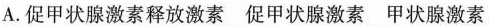
A.促甲状腺激素释放激素 促甲状腺激素 甲状腺激素